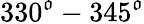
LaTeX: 330^{\mathfrak{o}}-345^{\mathfrak{o}}